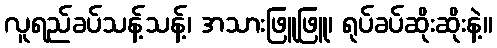
လူရည်ခပ်သန့်သန့်၊ အသားဖြူဖြူ၊ ရုပ်ခပ်ဆိုးဆိုးနဲ့။